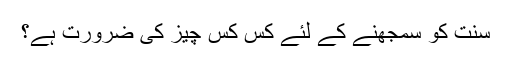
سنت کو سمجھنے کے لئے کس کس چیز کی ضرورت ہے؟